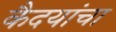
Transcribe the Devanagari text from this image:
कैदयांचा